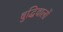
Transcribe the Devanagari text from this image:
बुद्धिवालों